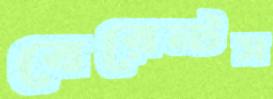
বেরেন্টস